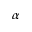
\alpha